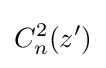
C_{n}^{2}(z')